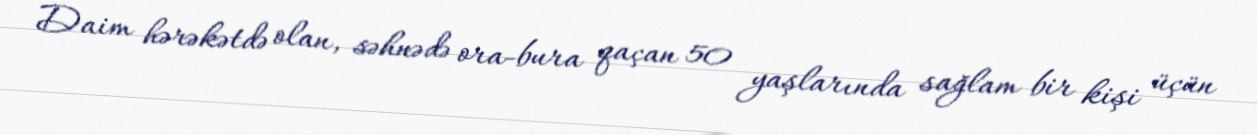
Daim hərəkətdə olan, səhnədə ora-bura qaçan 50 yaşlarında sağlam bir kişi üçün